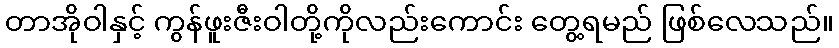
တာအိုဝါနှင့် ကွန်ဖူးဇီးဝါတို့ကိုလည်းကောင်း တွေ့ရမည် ဖြစ်လေသည်။